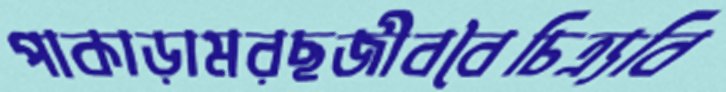
পাকাড়ামরছজীববৈচিত্র্যবি